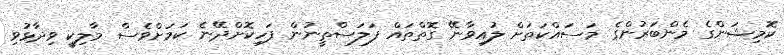
ކޮމިޝަންގެ މެންބަރުންގެ މަސައްކަތަށް ލުއިވާނޭ ގޮތްތައް ފަލަސްތީނުން ފަހިކޮށްދޭނެ ކަމަށްވެސް މާލިކީ ވިދާޅުވި